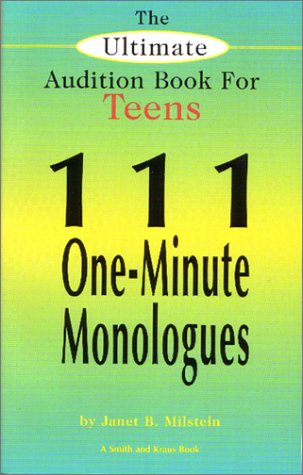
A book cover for The Ultimate Audition Book for Teens: 111 One-Minute Monologues (Young Actors Series); Janet B. Milstein; Teen & Young Adult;